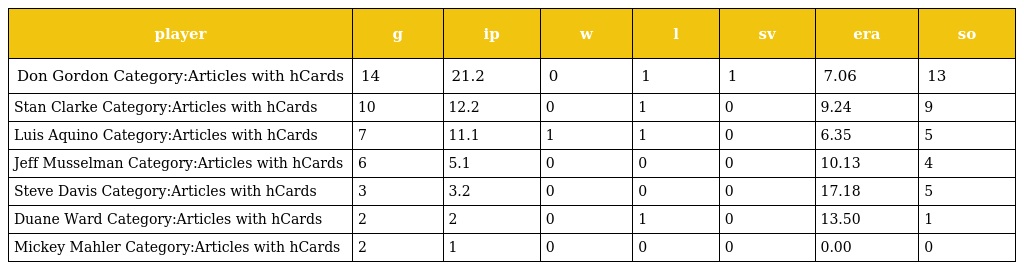
| player | g | ip | w | l | sv | era | so |
 | --- | --- | --- | --- | --- | --- | --- | --- |
 | Don Gordon Category:Articles with hCards | 14 | 21.2 | 0 | 1 | 1 | 7.06 | 13 |
 | Stan Clarke Category:Articles with hCards | 10 | 12.2 | 0 | 1 | 0 | 9.24 | 9 |
 | Luis Aquino Category:Articles with hCards | 7 | 11.1 | 1 | 1 | 0 | 6.35 | 5 |
 | Jeff Musselman Category:Articles with hCards | 6 | 5.1 | 0 | 0 | 0 | 10.13 | 4 |
 | Steve Davis Category:Articles with hCards | 3 | 3.2 | 0 | 0 | 0 | 17.18 | 5 |
 | Duane Ward Category:Articles with hCards | 2 | 2 | 0 | 1 | 0 | 13.50 | 1 |
 | Mickey Mahler Category:Articles with hCards | 2 | 1 | 0 | 0 | 0 | 0.00 | 0 |